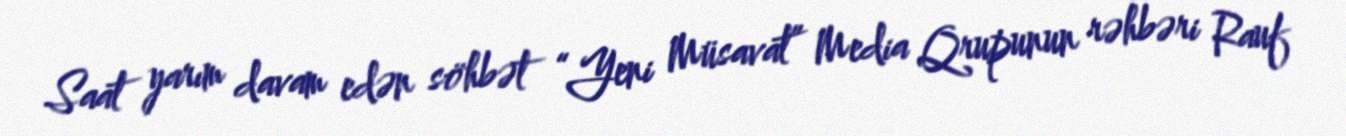
Saat yarım davam edən söhbət “Yeni Müsavat” Media Qrupunun rəhbəri Rauf